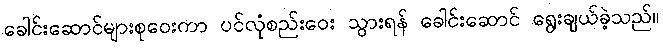
ခေါင်းဆောင်များစုဝေးကာ ပင်လုံစည်းဝေး သွားရန် ခေါင်းဆောင် ရွေးချယ်ခဲ့သည်။